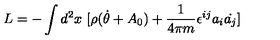
L = - \int d ^ { 2 } x \ [ \rho ( \dot { \theta } + A _ { 0 } ) + { \frac { 1 } { 4 \pi m } } \epsilon ^ { i j } a _ { i } \dot { a _ { j } } ]